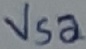
Text: Vsa